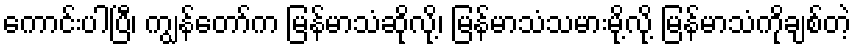
ကောင်းပါပြီ၊ ကျွန်တော်က မြန်မာသံဆိုလို့၊ မြန်မာသံသမားမို့လို့ မြန်မာသံကိုချစ်တဲ့